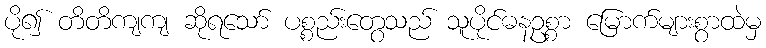
ပို၍ တိတိကျကျ ဆိုရသော် ပစ္စည်းတွေသည် သူပိုင်ဓနဥစ္စာ မြောက်များစွာထဲမှ